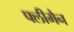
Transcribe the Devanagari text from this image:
फ्लीमैन